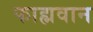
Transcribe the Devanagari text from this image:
फाह्मवान